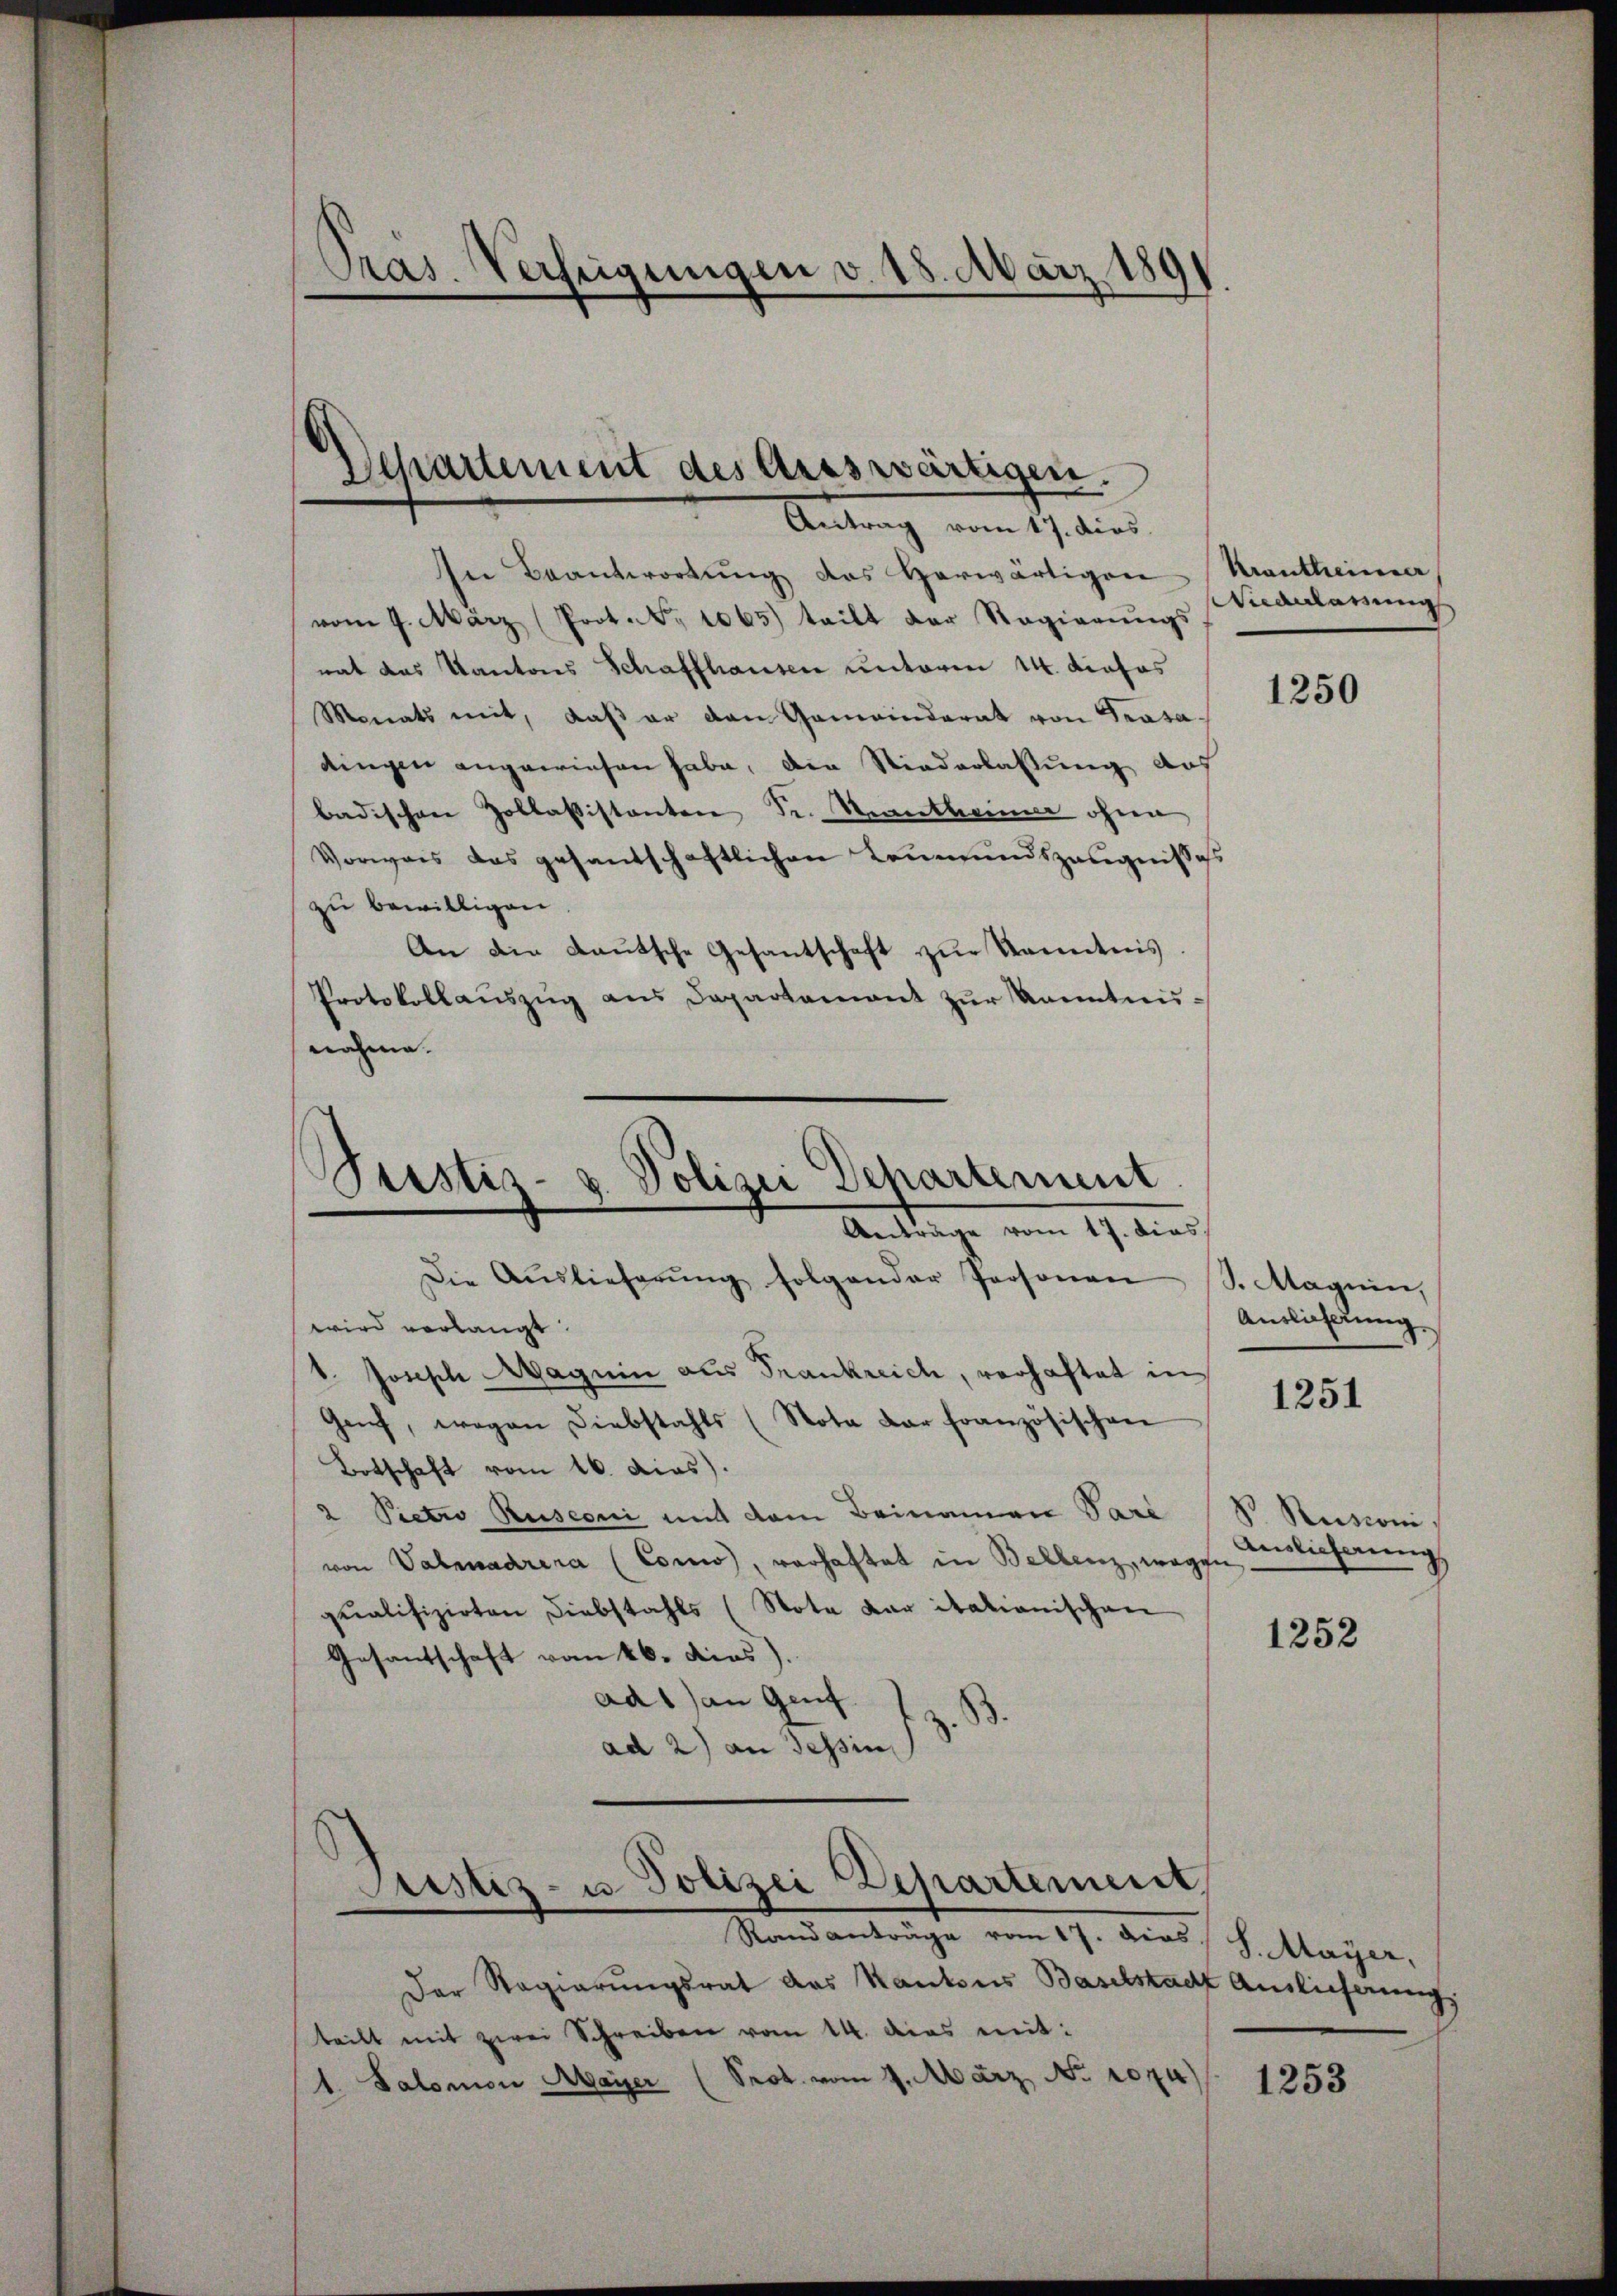
Pras. Verfügungen v. 18. März 1891

Departement des Areswärtigen.
Antrag vom 17. dies

In Beantwortŭng das herwärtigen Krautheima
vom 9. März (Prot. No 1065) teilt der Regierungs
mat das Kantons Schaffhausen unterm 14. Profes
Monats mit, daβ er den Gemeinderat von Trasadingen angewiesen habe, den Niederlaßung auf
badischen Zollassistanten Sr. Kantone ohne
Vorweis das gesandschaftlichen Leumundszeugnissess
zu bewilligen.
An die Laŭtsche Gesantschaft zŭr Kenntnis.
Protokollaŭszŭg ans Departamant zŭr kanntninahme.

Justiz- & Polizei Departement
Anträge vom 17. dies

Justiz- u. Polizei Departement,

Die Aŭslieferŭng folgender Personen
wird verlangt.
k. Joseph Magnin aus Frankreich, vorhaftet in
Genf, wegen Diebstahls (Nota dar französischen
Botschaft vom 16. dias).
2 Pietro Rusconi mit dem Beinamen Vare
von Valmadrira (Como, vorhaftet in Bellenz, wegen
qualifizirten Diebstahls (Nota dar italianischen
Gesantschaft vom 16. dies
ad1) an Genf.
ad 2) an Tessin

Niederlassung

Randanträge vom 17. dies
Der Regierungsrat das Kantons Baselstacht Auslieferung
teilt mit zwei Schreiben vom 14. dies mit:
1 Salomon Mayer (Prot. vom 9. März, No 1074)

1250

S. Magnin,
Auslicherung

1251

§. Rusconi
Auslicherung

1252

S. Maÿer,

1253